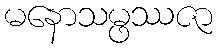
မနောသမ္ဖဿဇာ